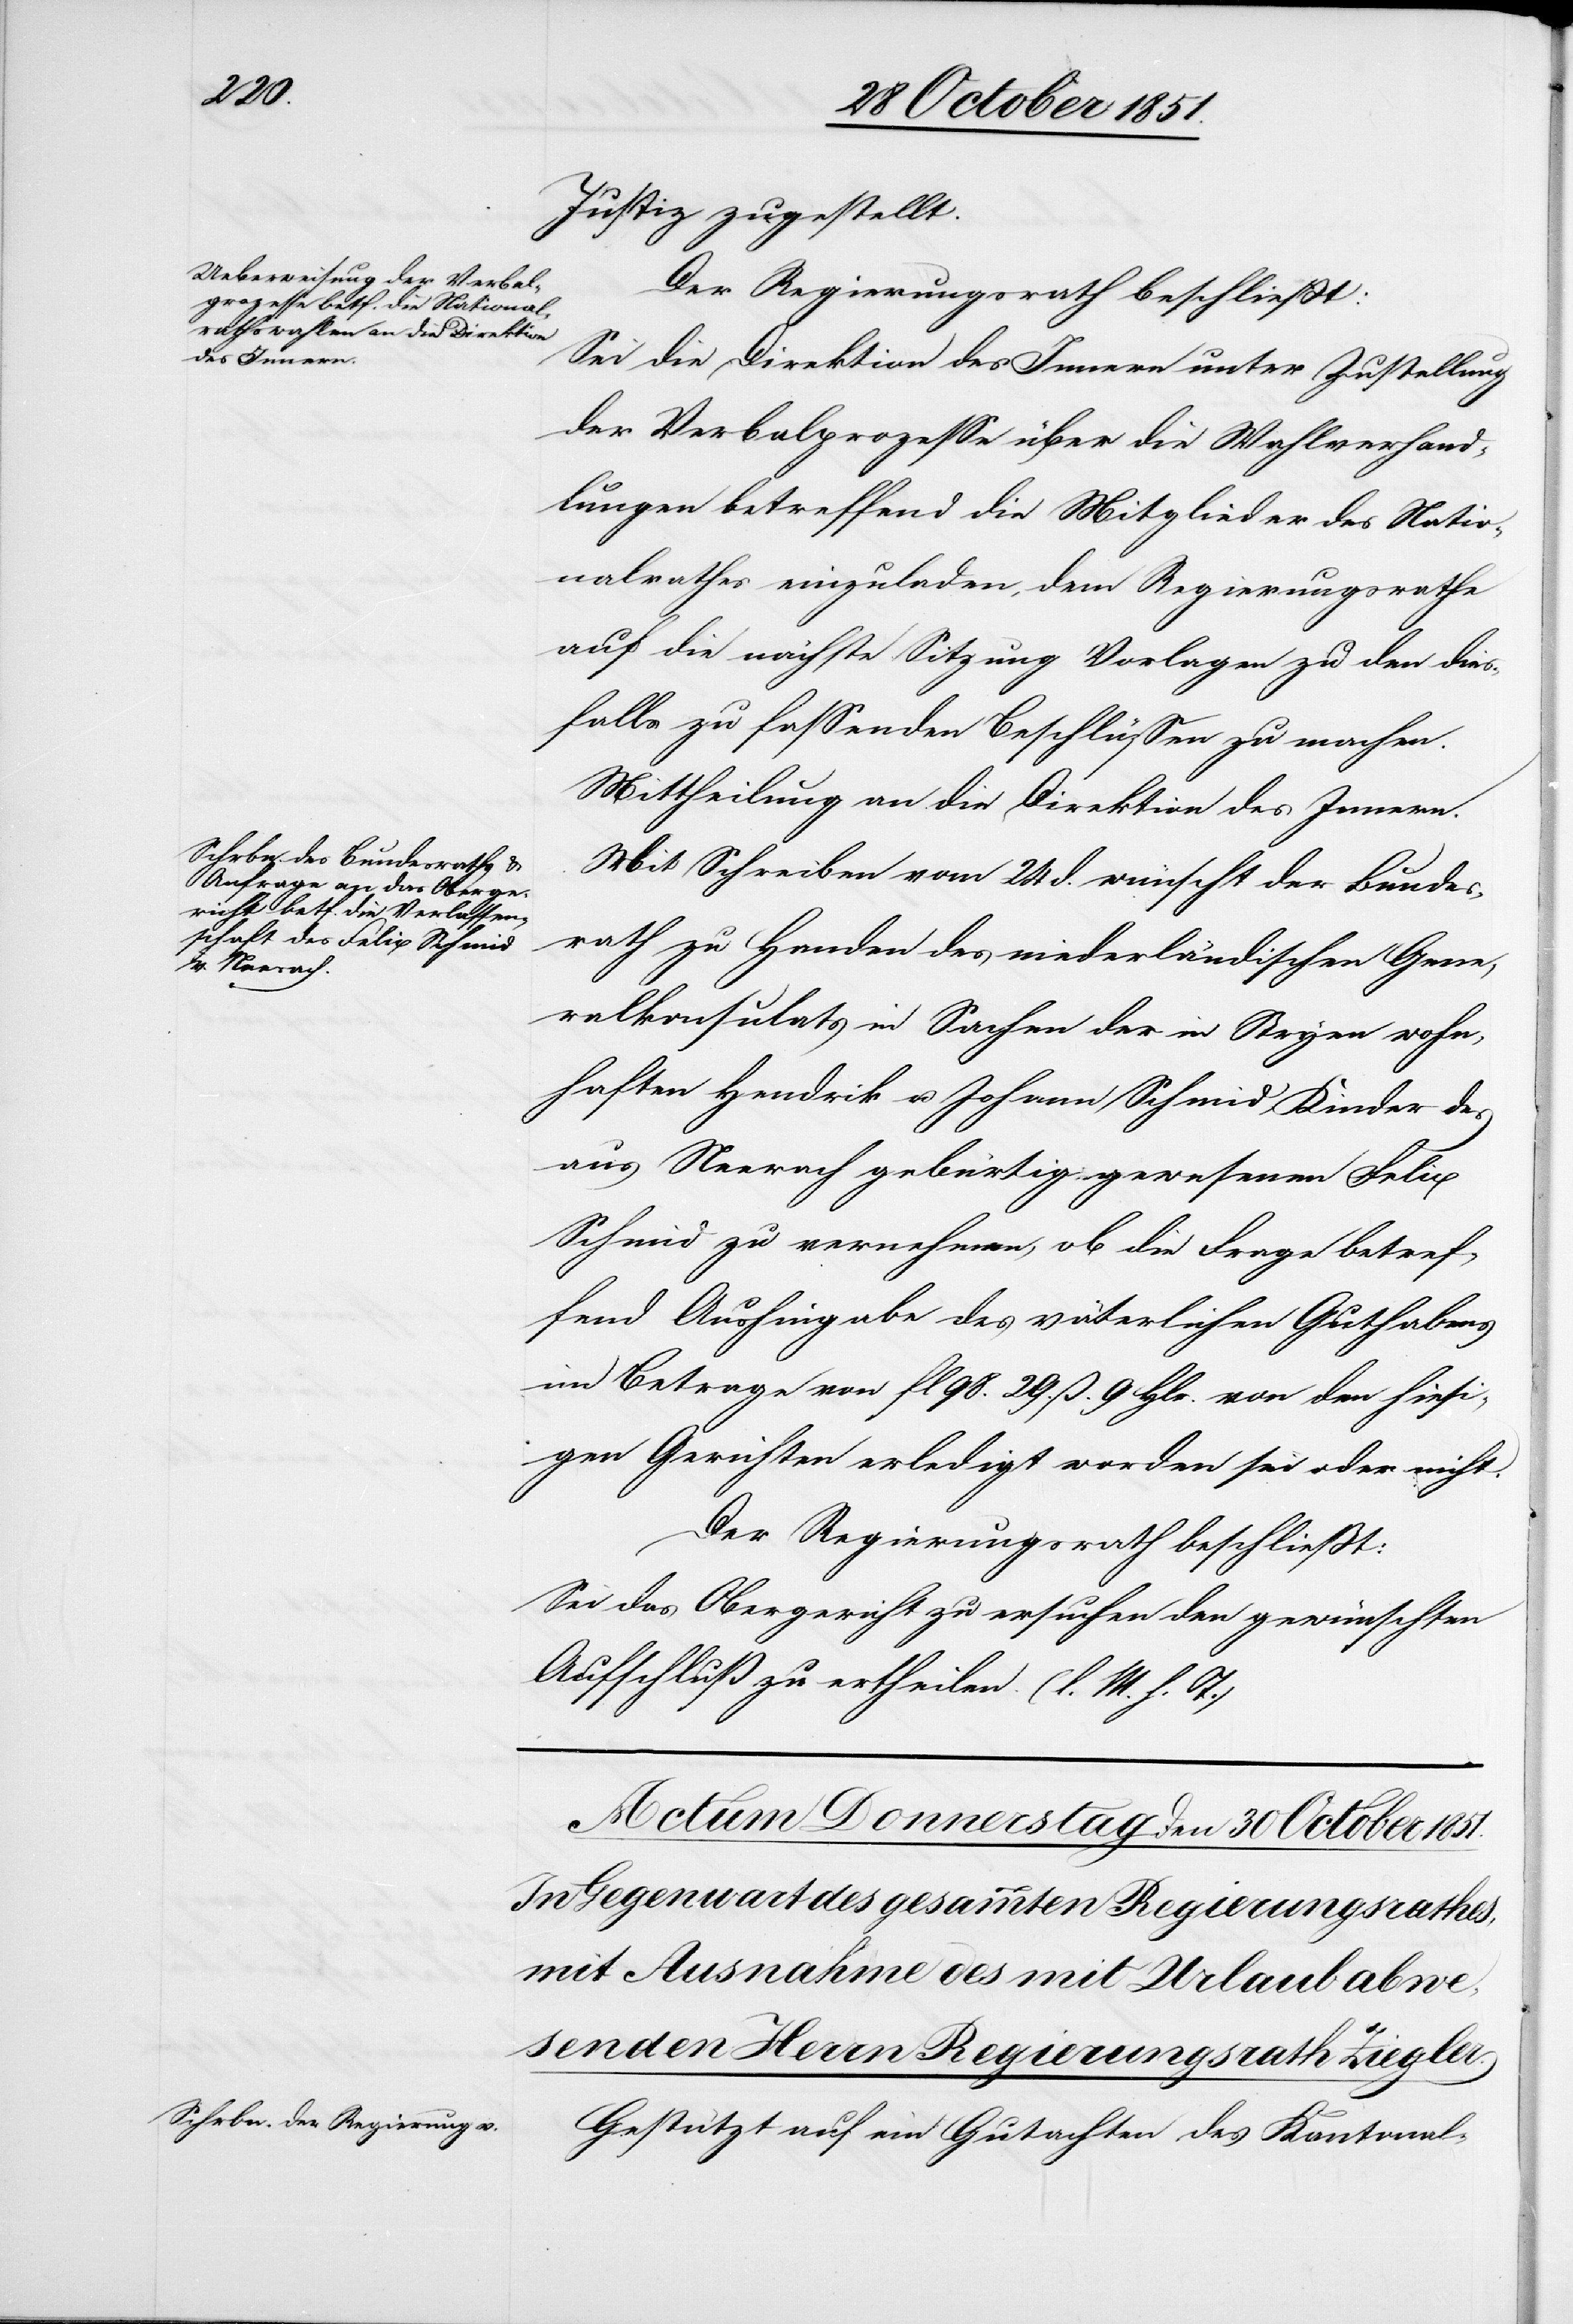
Justiz zugestellt.
Der Regierungsrath beschließt:
Sei die Direktion des Innern unter Zustellung
der Verbalprozesse über die Wahlverhand¬
lungen betreffend die Mitglieder des Natio¬
nalrathes einzuladen, dem Regierungsrathe
auf die nächste Sitzung Vorlagen zu den dies¬
falls zu fassenden Beschlüssen zu machen.
Mittheilung an die Direktion des Innern.
Mit Schreiben vom 24 d. wünscht der Bundes¬
rath zu Handen des niederländischen Gene¬
ralkonsulats in Sachen der in Stryen wohn¬
haften Hendrik u. Johann Schmid, Kinder des
aus Neerach gebürtig gewesenen Felix
Schmid zu vernehmen, ob die Frage betref¬
fend Aushingabe des väterlichen Guthabens
im Betrage von fl 98. 29. ß. 9 Hlr. von den hiesi¬
gen Gerichten erledigt worden sei oder nicht.
Der Regierungsrath beschließt:
Sei das Obergericht zu ersuchen den gewünschten
Aufschluß zu ertheilen. (l. M. h. T.)
Gestützt auf ein Gutachten des Kantonal-